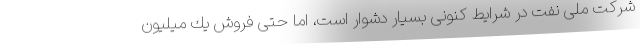
شركت ملی نفت در شرایط كنونی بسیار دشوار است، اما حتی فروش یك میلیون